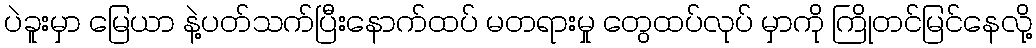
ပဲခူးမှာ မြေယာ နဲ့ပတ်သက်ပြီးနောက်ထပ် မတရားမှု တွေထပ်လုပ် မှာကို ကြိုတင်မြင်နေလို့